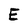
Character: E